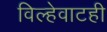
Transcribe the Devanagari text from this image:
विल्हेवाटही